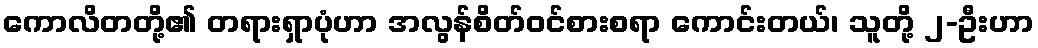
ကောလိတတို့၏ တရားရှာပုံဟာ အလွန်စိတ်ဝင်စားစရာ ကောင်းတယ်၊ သူတို့ ၂-ဦးဟာ